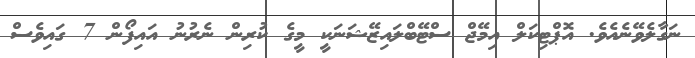
ނަގާލެވޭނެއެވެ. އޮޕްޓިކަލް އިމޭޖް ސްޓޭބްލައިޒޭޝަނަކީ މީގެ ކުރިން ނެރުނު އައިފޯން 7 ގައިވެސް